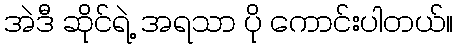
အဲဒီ ဆိုင်ရဲ့ အရသာ ပို ကောင်းပါတယ်။